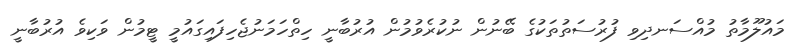
މައުލޫމާތު މުއްސަނދިވި ފުރުސަތުތަކުގެ ބޭނުން ނުކުރެވުމުން އުރުބާނީ ހިތްހަމަނުޖެހިފައިގައުމީ ޓީމުން ވަކިވެ އުރުބާނީ